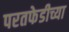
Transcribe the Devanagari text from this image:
परतफेडीच्या